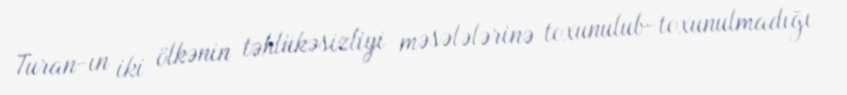
Turan-ın iki ölkənin təhlükəsizliyi məsələlərinə toxunulub-toxunulmadığı